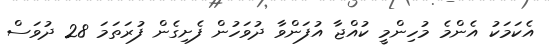
އެކަމަކު އެންމެ މުހިންމީ ކުއްޖާ އުފަންވާ ދުވަހުން ފެށިގެން ފުރަތަމަ 28 ދުވަސް